Civil Veterinary Department. Central Provinces & Berar 1925-31 - 1925-1931
Year: 1925
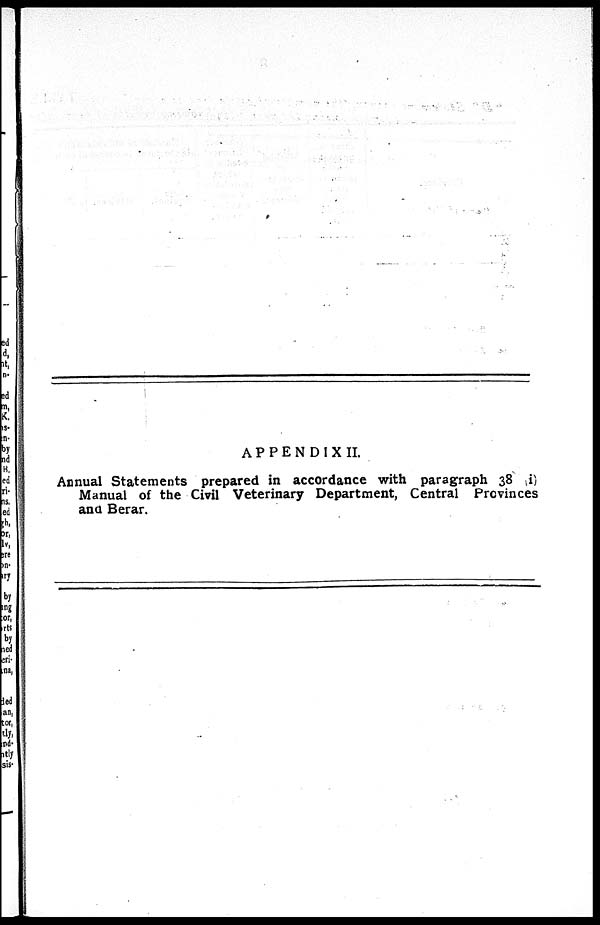
APPENDIX II.
Annual Statements prepared in accordance with paragraph 38 (i)
Manual of the Civil Veterinary Department, Central Provinces
and Berar.